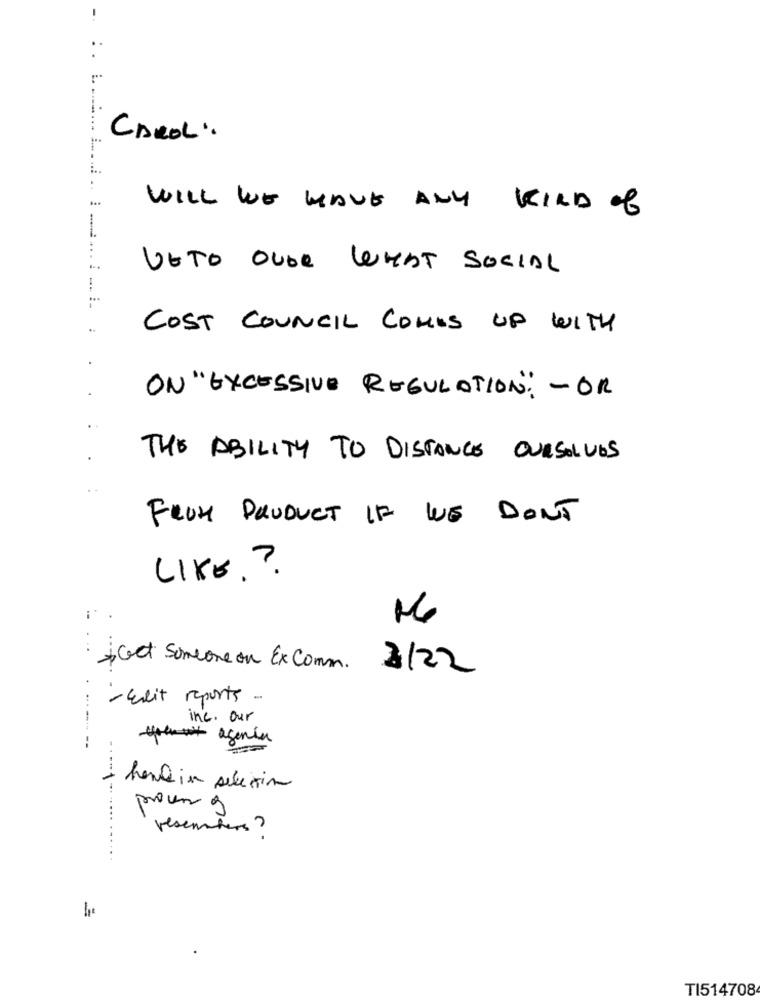
CAROL:
WILL WE HAVE ANY KIND of
VETO OVER WHAT SOCIAL
COST COUNCIL COMES UP WITH
ON "EXCESSIVE REGULATION: - OR
THE ABILITY TO DISTANCE OURSELVES
FROH PRUDUCT IF WE DON'T
LIKE. ?
* Get Someone on Ex Comm.
2122
- Seit reports
inc. our
........
agentur
herlin selection
processo
resenters ?
TI514708